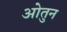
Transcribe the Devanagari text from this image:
ओतुन